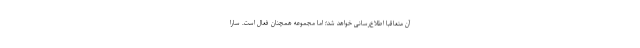
آن متعاقباً اطلاع‌رسانی خواهد شد؛ اما مجموعه همچنان فعال است. سارا